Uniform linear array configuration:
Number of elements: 12
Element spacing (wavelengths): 1
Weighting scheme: exponential
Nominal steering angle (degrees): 30
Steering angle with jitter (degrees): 29.775
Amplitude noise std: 0.05
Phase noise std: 0.05

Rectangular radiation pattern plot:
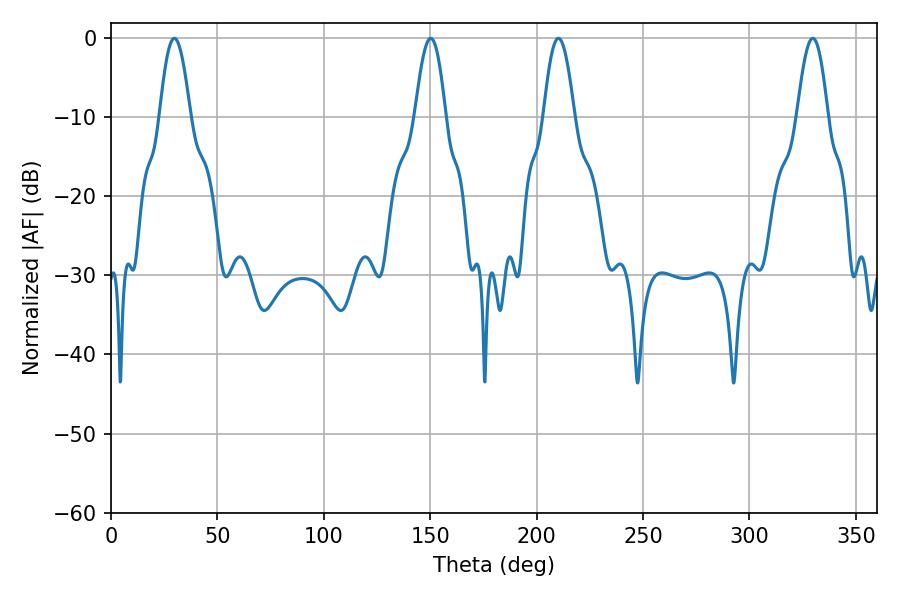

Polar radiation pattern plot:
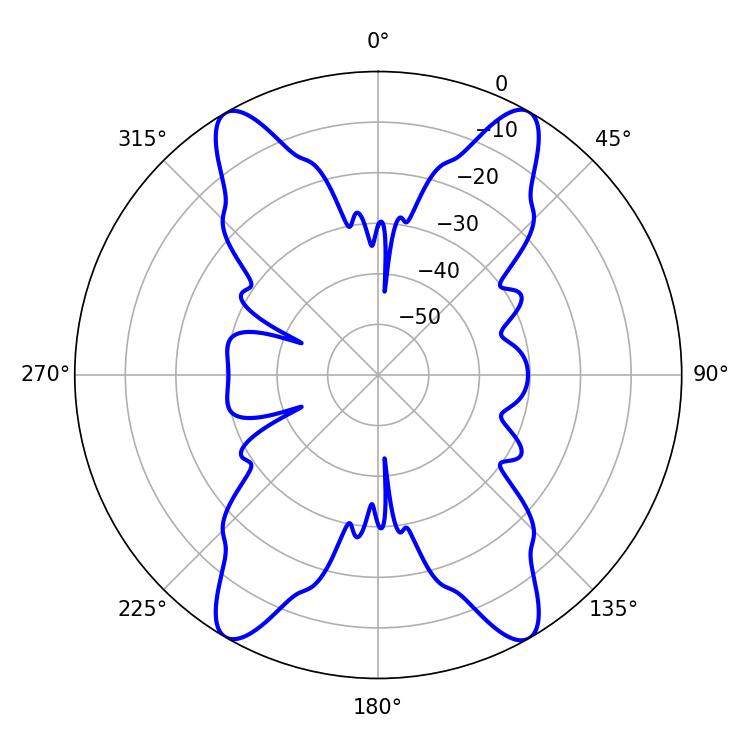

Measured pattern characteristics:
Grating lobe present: TRUE
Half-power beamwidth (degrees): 7.74
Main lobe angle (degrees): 210.24